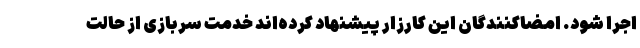
اجرا شود. امضاکنندگان این کارزار پیشنهاد کرده‌اند خدمت سربازی از حالت